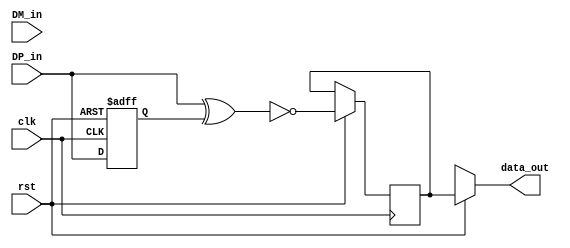
module de_nrzi(clk, rst, DP_in, DM_in, data_out);
input clk, rst, DP_in ,DM_in;
output data_out;

reg de_dp, de_dm/*, data_out*/,out;
//wire dm, dp;
wire data_out;
//wire a, b, c;
/*
assign data_out = (!rst) ? 1'bz : (de_dp | de_dm);
assign dp = ~(de_dp ^ DP_in);
assign dm = ~(de_dm ^ DM_in);
 
  always@(posedge clk, negedge rst)
 begin
  if(!rst) 
   begin
    de_dp <= 1'b1;
    de_dm <= 1'b1;
   end
  else
   begin
    de_dp  <= dp;
    de_dm  <= dm;
   end
 end
 */


//wire dp_o, dm_o;

  /*
always @(DP_in, de_d1)
begin
  de_d2 <= (~(DP_in ^ de_d1)| ~(DM_in ^ de_d1));
end

 always @(posedge clk, negedge rst)
  if(!rst)
   begin
     data_out <= 1'b1;
   end
   
    else 
	 begin
	   data_out <= de_d2;	  
	 end
	 
  always @(posedge clk)
    begin
      de_d1 <= DP_in;
    end	
  */
  
   //=====================================
 /* always @(posedge clk)
begin
  data_out = (~(DP_in ^ de_d1) | (DM_in ^ de_d1));
end
*/
//assign dp_o = ~(DP_in ^ de_dp);
//assign dm_o = ~(DM_in ^ de_dm);

//============================== Test =========================
/*
assign a = (~DP_in) & de_dp; assign b = DP_in & (~de_dp); assign c = a | b;
assign data_out = (!rst) ? 1'bx : (dp_o | dm_o) ~c; 


always @(posedge clk)
  begin
   if(!rst)
    begin 
     de_dp <= 1'b1;
     de_dm <= 1'b1;
    end
    else
     begin
      de_dp <= DP_in;
      de_dm <= DM_in;
     end
  end 
 */ 
//====================================================

always @(posedge clk, negedge rst)
  if(!rst)
   begin
     //data_out <= 1'bz;
     de_dp <= 1'b1;
     de_dm <= 1'b1;    
   end
   
    else 
	 begin
	   de_dp <= DP_in;
	   de_dm <= DM_in;	
	 out = (~(DP_in ^ de_dp) /*| ~(DM_in ^ de_dm)*/);
	 end
  assign  data_out = (!rst) ? 1'bx : out;
  // assign  data_out = (!rst) ? 1'bx : (~(DP_in ^ de_dp) | ~(DM_in ^ de_dm));
   
endmodule